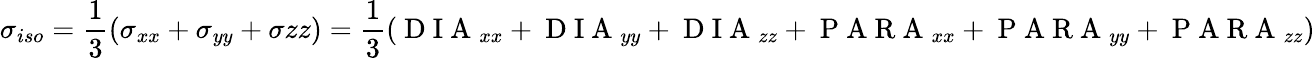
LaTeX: \sigma_{iso}=\frac{1}{3}(\sigma_{xx}+\sigma_{yy}+\sigma{zz})=\frac{1}{3}(\mathrm{~D~I~A~}_{xx}+\mathrm{~D~I~A~}_{yy}+\mathrm{~D~I~A~}_{zz}+\mathrm{~P~A~R~A~}_{xx}+\mathrm{~P~A~R~A~}_{yy}+\mathrm{~P~A~R~A~}_{zz})